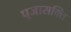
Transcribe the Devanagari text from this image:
पूजासक्ति